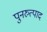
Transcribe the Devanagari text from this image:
पुनरुत्पाद